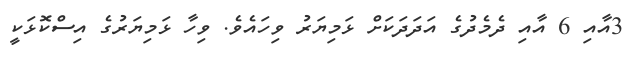
3އާއި 6 އާއި ދެމެދުގެ އަދަދަކަށް ޅަމިޔަރު ވިހައެވެ. ވިހާ ޅަމިޔަރުގެ އިސްކޮޅަކީ